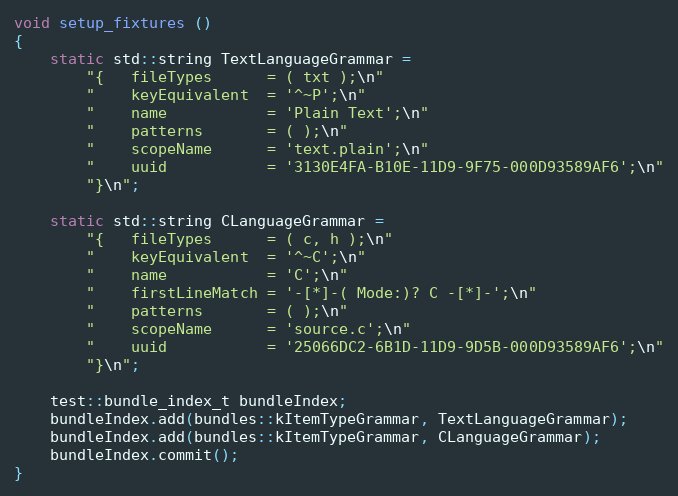
Language: C++
void setup_fixtures ()
{
	static std::string TextLanguageGrammar =
		"{	fileTypes      = ( txt );\n"
		"	keyEquivalent  = '^~P';\n"
		"	name           = 'Plain Text';\n"
		"	patterns       = ( );\n"
		"	scopeName      = 'text.plain';\n"
		"	uuid           = '3130E4FA-B10E-11D9-9F75-000D93589AF6';\n"
		"}\n";

	static std::string CLanguageGrammar =
		"{	fileTypes      = ( c, h );\n"
		"	keyEquivalent  = '^~C';\n"
		"	name           = 'C';\n"
		"	firstLineMatch = '-[*]-( Mode:)? C -[*]-';\n"
		"	patterns       = ( );\n"
		"	scopeName      = 'source.c';\n"
		"	uuid           = '25066DC2-6B1D-11D9-9D5B-000D93589AF6';\n"
		"}\n";

	test::bundle_index_t bundleIndex;
	bundleIndex.add(bundles::kItemTypeGrammar, TextLanguageGrammar);
	bundleIndex.add(bundles::kItemTypeGrammar, CLanguageGrammar);
	bundleIndex.commit();
}